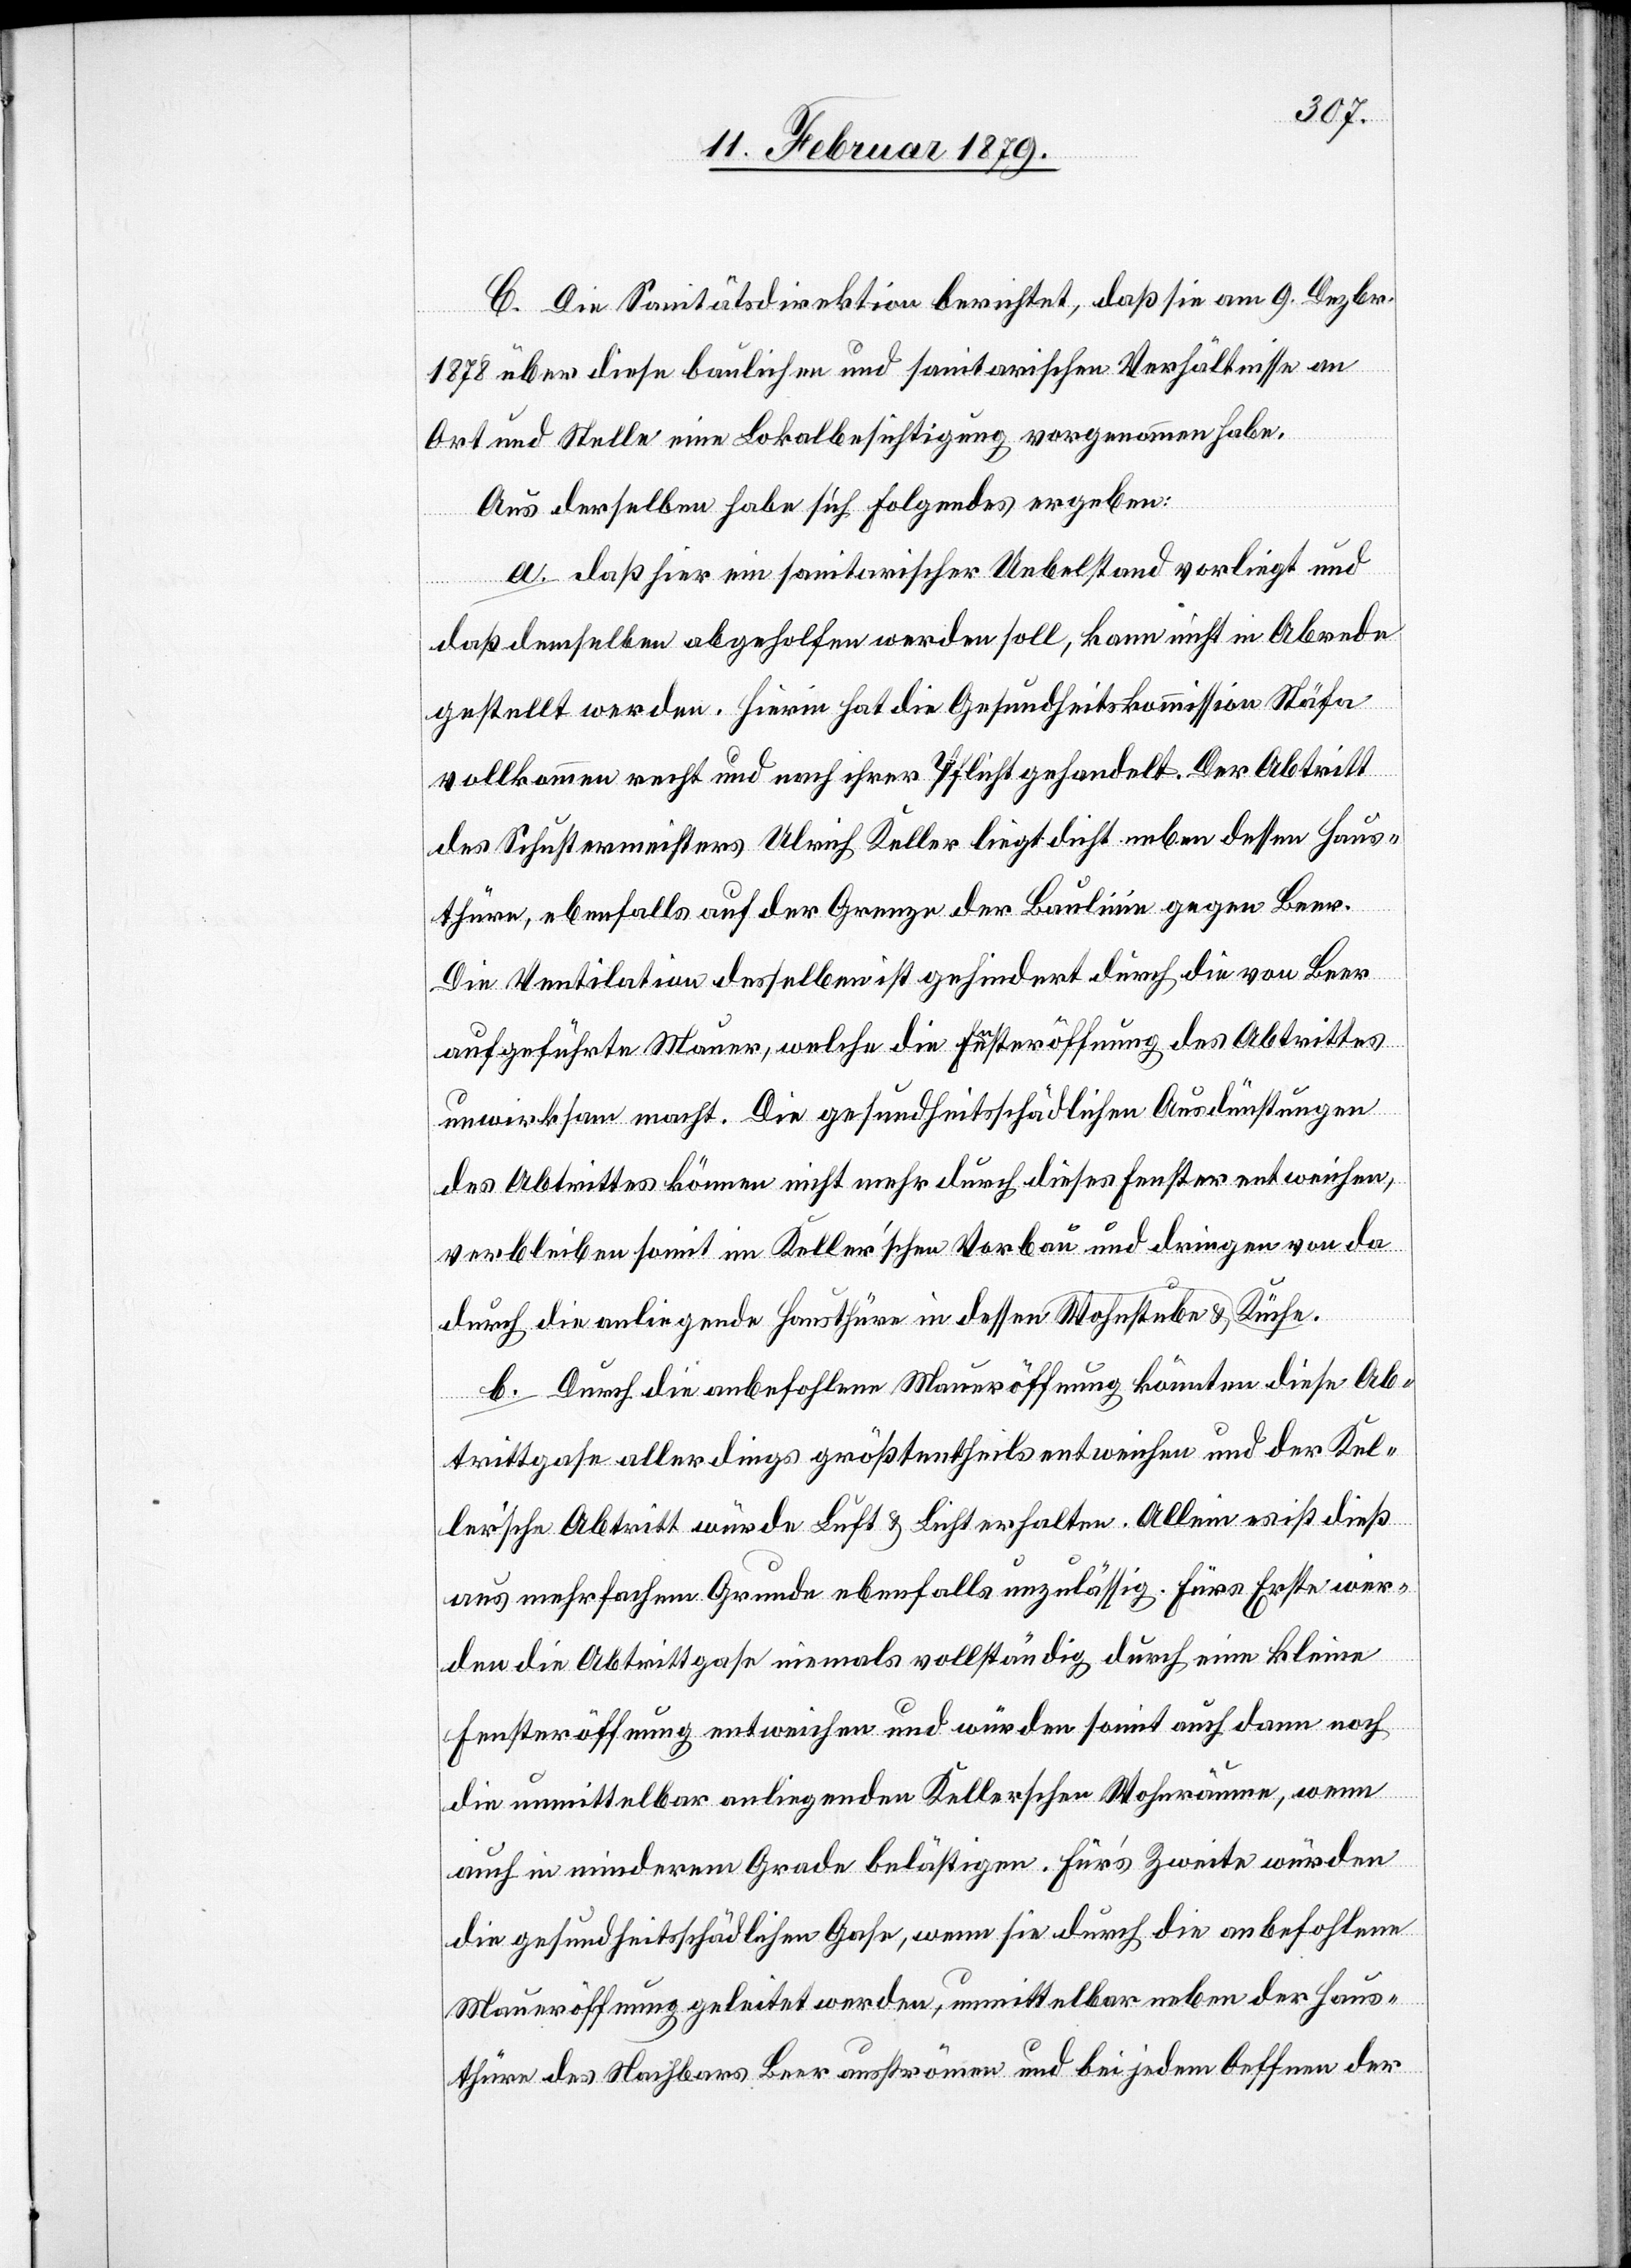
C. Die Sanitätsdirektion berichtet, daß sie am 9. Dezbr.
1878 über diese baulichen und sanitarischen Verhältnisse an
Ort und Stelle eine Lokalbesichtigung vorgenommen habe.
Aus derselben habe sich Folgendes ergeben:
a. Daß hier ein sanitarischer Uebelstand vorliegt und
daß demselben abgeholfen werden soll, kann nicht in Abrede
gestellt werden. Hierin hat die Gesundheitskommission Stäfa
vollkommen recht und nach ihrer Pflicht gehandelt. Der Abtritt
des Schustermeisters Ulrich Keller liegt dicht neben dessen Haus¬
thüre, ebenfalls auf der Grenze der Baulinie gegen Beer.
Die Ventilation desselben ist gehindert durch die von Beer
aufgeführte Mauer, welche die Fensteröffnung des Abtrittes
unwirksam macht. Die gesundheitsschädlichen Ausdünstungen
des Abtrittes können nicht mehr durch dieses Fenster entweichen,
verbleiben somit im Keller’schen Vorbau und dringen von da
durch die anliegende Hausthüre in dessen Küche & Wohnstube.
b. Durch die anbefohlene Maueröffnung könnten diese Ab¬
trittgase allerdings größtentheils entweichen und der Kel¬
ler’sche Abtritt würde Luft & Licht erhalten. Allein es ist dieß
aus mehrfachem Grunde ebenfalls unzulässig. Fürs Erste wer¬
den die Abtrittgase niemals vollständig durch eine kleine
Fensteröffnung entweichen und würden somit auch dann noch
die unmittelbar anliegenden Kellerschen Wohnräume, wenn
auch in minderm Grade belästigen. Für’s Zweite würden
die gesundheitsschädlichen Gase, wenn sie durch die anbefohlene
Maueröffnung geleitet werden, unmittelbar neben der Haus¬
thüre des Nachbars Beer ausströmen und bei jedem Oeffnen der